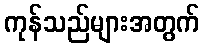
ကုန်သည်များအတွက်